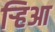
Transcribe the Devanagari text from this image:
र्‍हिआ